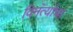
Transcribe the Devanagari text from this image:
विनंत्यांचा